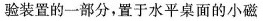
验装置的一部分，置于水平桌面的小磁